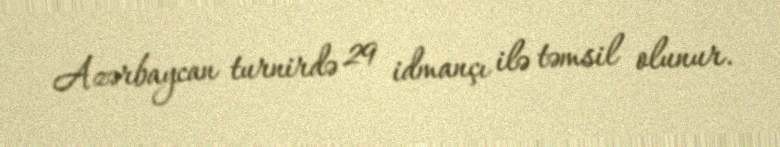
Azərbaycan turnirdə 29 idmançı ilə təmsil olunur.